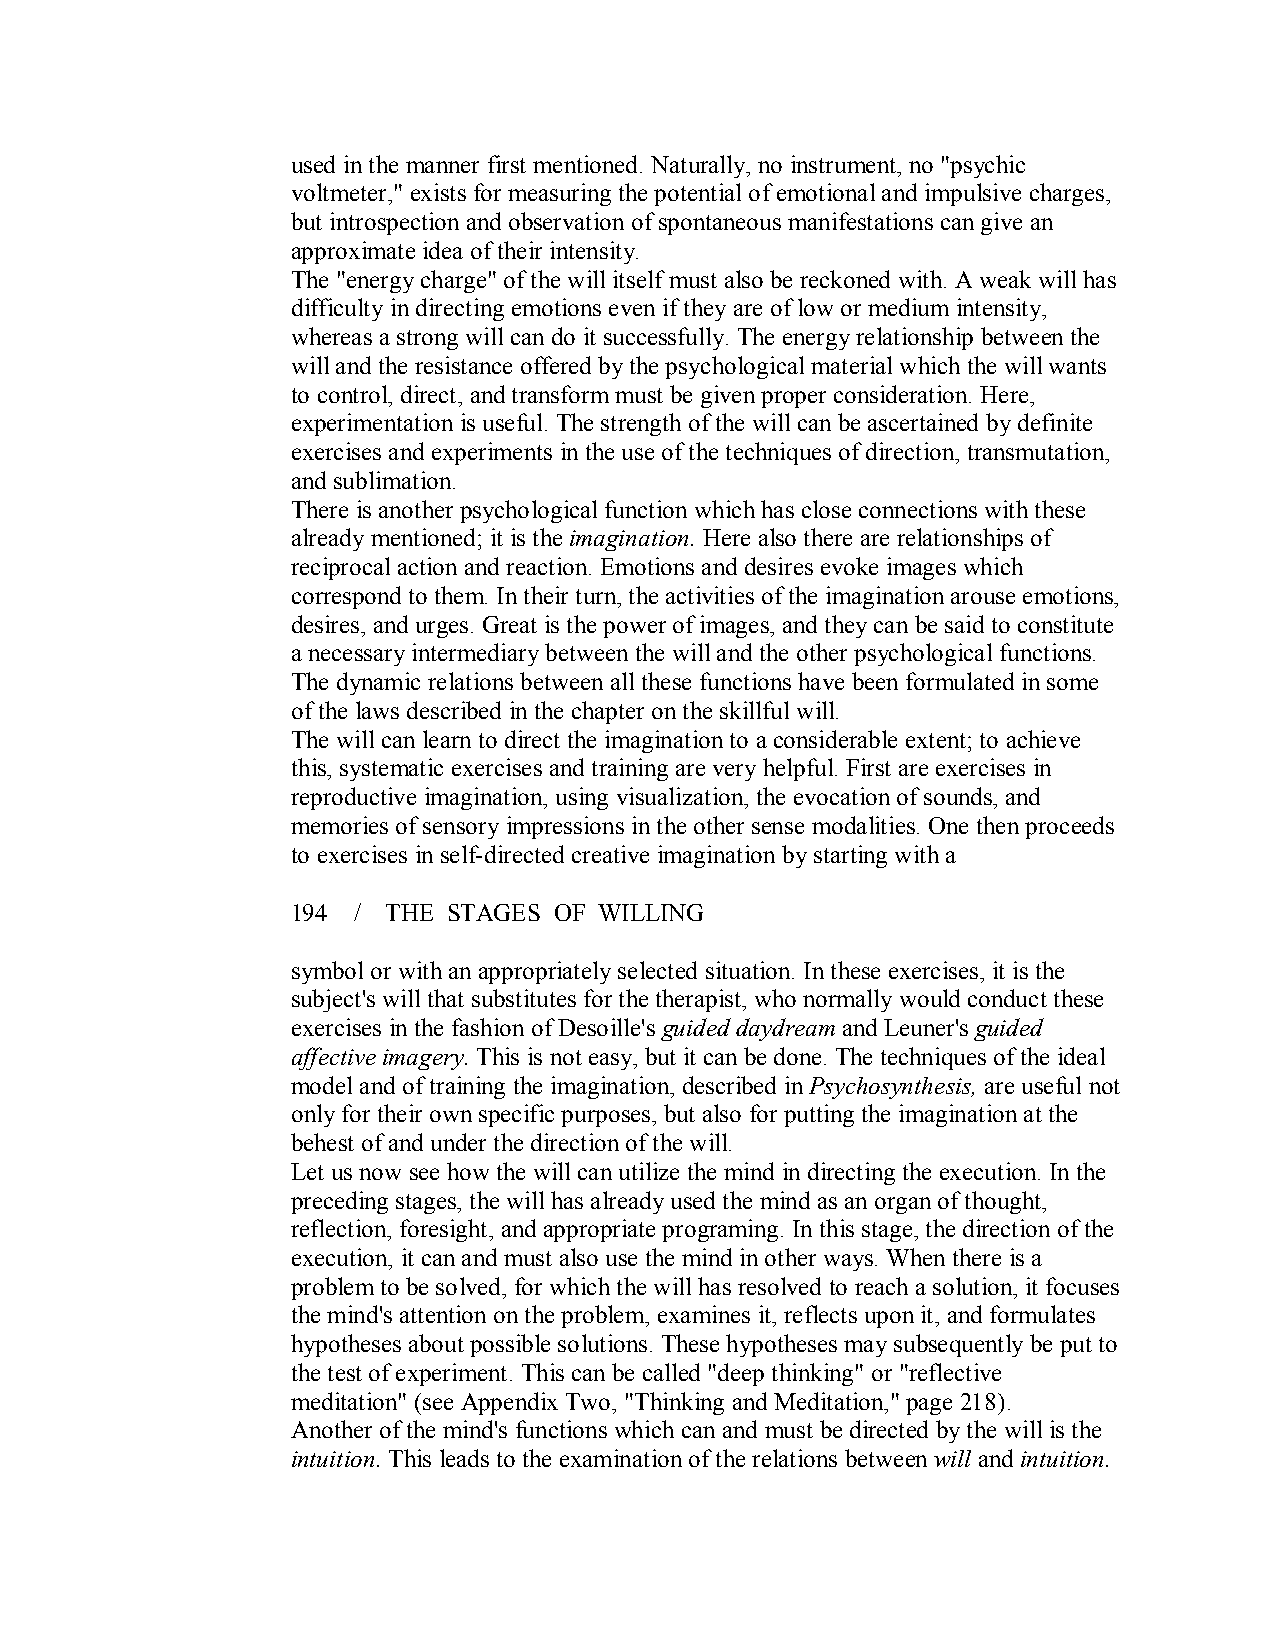
used in the manner first mentioned. Naturally, no instrument, no "psychic
 voltmeter," exists for measuring the potential of emotional and impulsive charges,
 but introspection and observation of spontaneous manifestations can give an
 approximate idea oftheir intensity.
 The "energy charge" of the will itself must also be reckoned with. A weak will has
 difficulty in directing emotions even if they are of low or medium intensity,
 whereas a strong will can do it successfully. The energy relationship betweenthe
 will and the resistance offered by the psychological material which the will wants
 to control, direct, and transform must be given proper consideration. Here,
 experimentation is useful. The strength of the will can be ascertained by definite
 exercises and experiments in the use of the techniques of direction, transmutation,
 and sublimation.
 There is another psychological function which has close connections with these
 already mentioned; it is the imagination.Here also there are relationships of
 reciprocal action and reaction. Emotions and desires evoke images which
 correspond to them. In their turn, the activities of the imagination arouse emotions,
 desires, and urges. Great is the power of images, and they can be said to constitute
 a necessary intermediary between the will and the other psychological functions.
 The dynamic relations between all these functions have been formulated in some
 of the laws described in the chapter on the skillful will.
 The will can learn to direct the imagination to a considerable extent; to achieve
 this, systematic exercises and training are very helpful. First are exercises in
 reproductive imagination, using visualization, the evocation of sounds, and
 memories of sensory impressions in the other sense modalities. One then proceeds
 to exercises in self­directed creative imagination by starting with a
 194 / THE  STAGES OF WILLING
 symbol or with an appropriately selected situation. In these exercises, it is the
 subject's will that substitutes for the therapist, who normally would conduct these
 exercises in the fashion of Desoille's guided daydream and Leuner's guided
 affective imagery.This is not easy, but it can be done. The techniques of the ideal
 model and of training the imagination, described inPsychosynthesis, are useful not
 only for their own specific purposes, but also for putting the imagination at the
 behest of and under the direction of the will.
 Let us now see how the will can utilize the mind in directing the execution. In the
 preceding stages, the will has already used the mind as an organ of thought,
 reflection, foresight, and appropriate programing. In this stage, the direction of the
 execution, it can and must also use the mind in other ways. When there is a
 problem to be solved, for which the will has resolved to reach a solution, it focuses
 the mind's attention on the problem, examines it, reflects upon it, and formulates
 hypotheses about possible solutions. These hypotheses may subsequently be put to
 the test of experiment. This can be called "deep thinking" or "reflective
 meditation" (see Appendix Two, "Thinking and Meditation," page 218).
 Another of the mind's functions which can and must be directed by the will is the
 intuition. This leads to the examination of the relations between will and intuition.